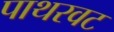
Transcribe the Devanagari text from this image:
पाथरवट